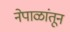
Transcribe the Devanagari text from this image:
नेपाळांतून